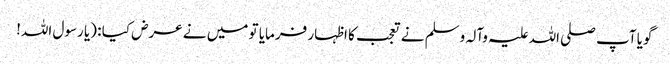
گویا آپ صلی اللہ علیہ وآلہ وسلم نے تعجب کا اظہار فرمایا تو میں نے عرض کیا : (یا رسول اللہ!